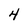
Character: 4